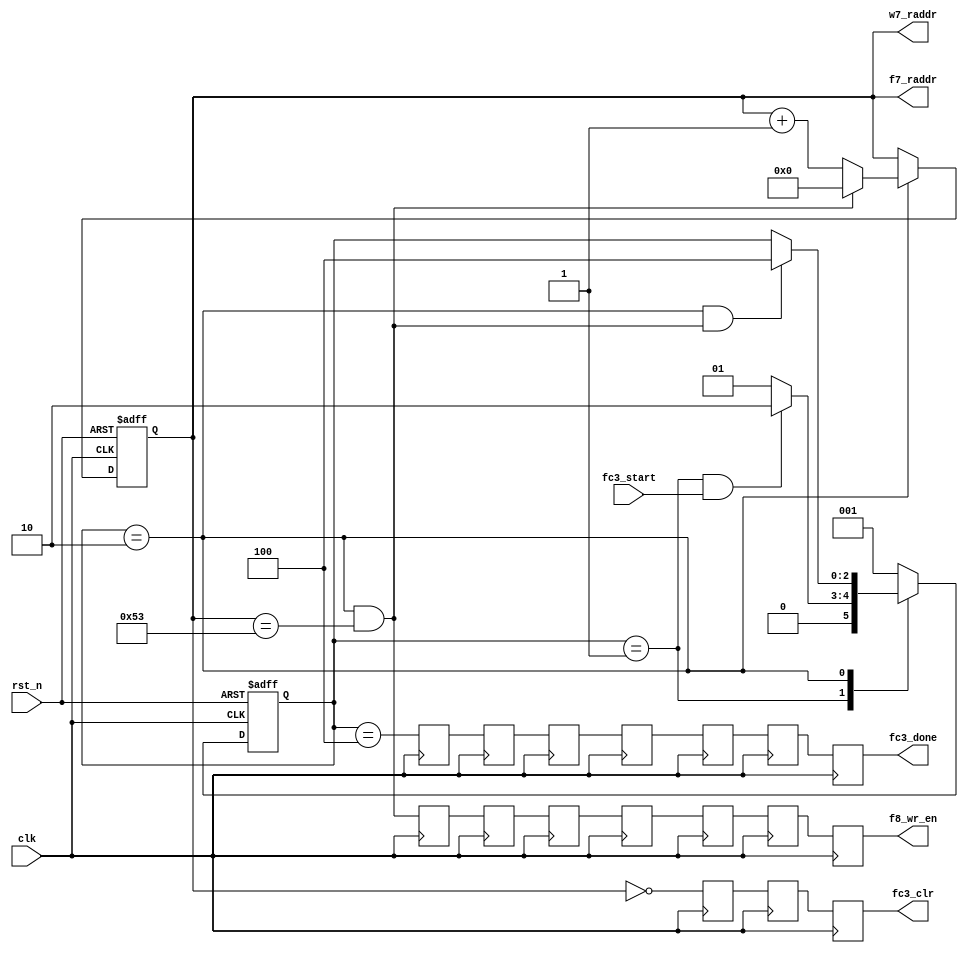
// This program was cloned from: https://github.com/yztong/LeNet_RTL
// License: MIT License

//==================================================================================================
//  Revision      : 
//  Company       : UESTC
//
//  Description   : 
//
//
//==================================================================================================

module fc3_ctrl(/*autoport*/
//output
			f7_raddr,
			w7_raddr,
			f8_wr_en,
			fc3_done,
			fc3_clr,
//input
			clk,
			rst_n,
			fc3_start);
	input 	clk;
	input 	rst_n;

	//Input Weight and Feature Read Addr	
	output [6:0]f7_raddr;
	output [6:0]w7_raddr;
	//Output Feature Write Enable
	output      f8_wr_en;
	//Control Signal
	input 	fc3_start;
	output 	fc3_done;
	output 	fc3_clr;

	localparam	IDLE=3'b001;
	localparam  RUN =3'b010;
	localparam  DONE=3'b100;
	reg[2:0] current_state;
	reg[2:0] next_state;

	reg[6:0] cnt0;

	wire add_cnt0,end_cnt0;
	wire IDLE2RUN_start,RUN2DONE_start;

	always@(posedge clk or negedge rst_n)begin
		if(!rst_n)
			current_state <= IDLE;
		else
			current_state <= next_state;
	end

	always@(*) begin
		case(current_state)
			IDLE:begin
				if(IDLE2RUN_start)
					next_state = RUN;
				else
					next_state = IDLE;
			end
			RUN:begin
				if(RUN2DONE_start)
					next_state = DONE;
				else begin
					next_state = current_state;
				end
			end
			DONE:begin
				next_state = IDLE;
			end
			default: next_state = IDLE;	
		endcase
	end

	assign IDLE2RUN_start = current_state==IDLE && fc3_start == 1'b1;
	assign RUN2DONE_start = current_state==RUN  && end_cnt0;

	always @(posedge clk or negedge  rst_n) begin
		if (!rst_n) begin
			// reset
			cnt0 <= 0;
		end
		else if (add_cnt0) begin
			if(end_cnt0)begin
				cnt0 <= 0;
			end
			else begin
				cnt0 <= cnt0 + 1'b1;
			end
		end
	end

	assign add_cnt0 = current_state==RUN;
	assign end_cnt0 = add_cnt0 && cnt0 == 84-1;


	assign f7_raddr = cnt0;
	assign w7_raddr = cnt0;


	wire f8_wr_en_temp,fc3_clr_temp,fc3_done_temp;
	assign f8_wr_en_temp = end_cnt0;
	assign fc3_clr_temp = cnt0==0 ;
	assign fc3_done_temp = current_state==DONE;
	//add delay
	reg fc3_clr_temp_r1,fc3_clr_temp_r2,fc3_clr_temp_r3;
	reg f8_wr_en_temp_r1,f8_wr_en_temp_r2,f8_wr_en_temp_r3,
			f8_wr_en_temp_r4,f8_wr_en_temp_r5,f8_wr_en_temp_r6,f8_wr_en_temp_r7;
	reg fc3_done_temp_r1,fc3_done_temp_r2,fc3_done_temp_r3,
			fc3_done_temp_r4,fc3_done_temp_r5,fc3_done_temp_r6,fc3_done_temp_r7;

	always@(posedge clk)begin

    	f8_wr_en_temp_r1 <= f8_wr_en_temp ;
    	f8_wr_en_temp_r2 <= f8_wr_en_temp_r1 ;
    	f8_wr_en_temp_r3 <= f8_wr_en_temp_r2 ;
    	f8_wr_en_temp_r4 <= f8_wr_en_temp_r3 ;
    	f8_wr_en_temp_r5 <= f8_wr_en_temp_r4 ;
    	f8_wr_en_temp_r6 <= f8_wr_en_temp_r5 ;
    	f8_wr_en_temp_r7 <= f8_wr_en_temp_r6 ;

   		fc3_done_temp_r1 <= fc3_done_temp;
    	fc3_done_temp_r2 <= fc3_done_temp_r1;
    	fc3_done_temp_r3 <= fc3_done_temp_r2;
    	fc3_done_temp_r4 <= fc3_done_temp_r3;
    	fc3_done_temp_r5 <= fc3_done_temp_r4;
    	fc3_done_temp_r6 <= fc3_done_temp_r5;
    	fc3_done_temp_r7 <= fc3_done_temp_r6;

    	fc3_clr_temp_r1 <= fc3_clr_temp ;
    	fc3_clr_temp_r2 <= fc3_clr_temp_r1 ;
    	fc3_clr_temp_r3 <= fc3_clr_temp_r2 ;

	end

	assign f8_wr_en = f8_wr_en_temp_r7;
	assign fc3_clr = fc3_clr_temp_r3;
	assign fc3_done = fc3_done_temp_r7;


endmodule